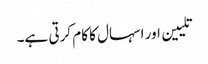
تلیین اور اسہال کا کام کرتی ہے۔